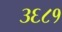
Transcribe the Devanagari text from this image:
३६८१